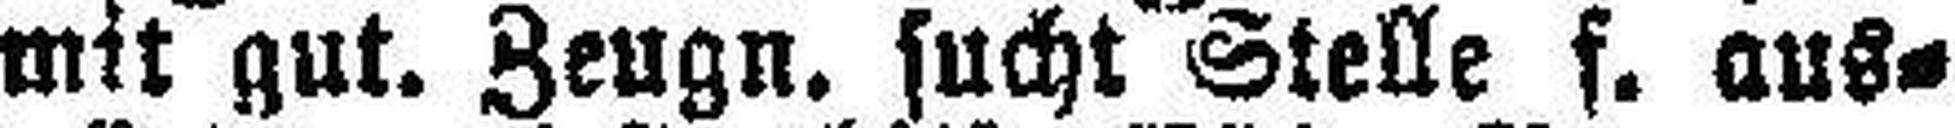
mit gut. Zeugn. sucht Stelle f. aus¬